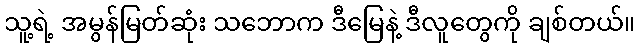
သူ့ရဲ့ အမွန်မြတ်ဆုံး သဘောက ဒီမြေနဲ့ ဒီလူတွေကို ချစ်တယ်။